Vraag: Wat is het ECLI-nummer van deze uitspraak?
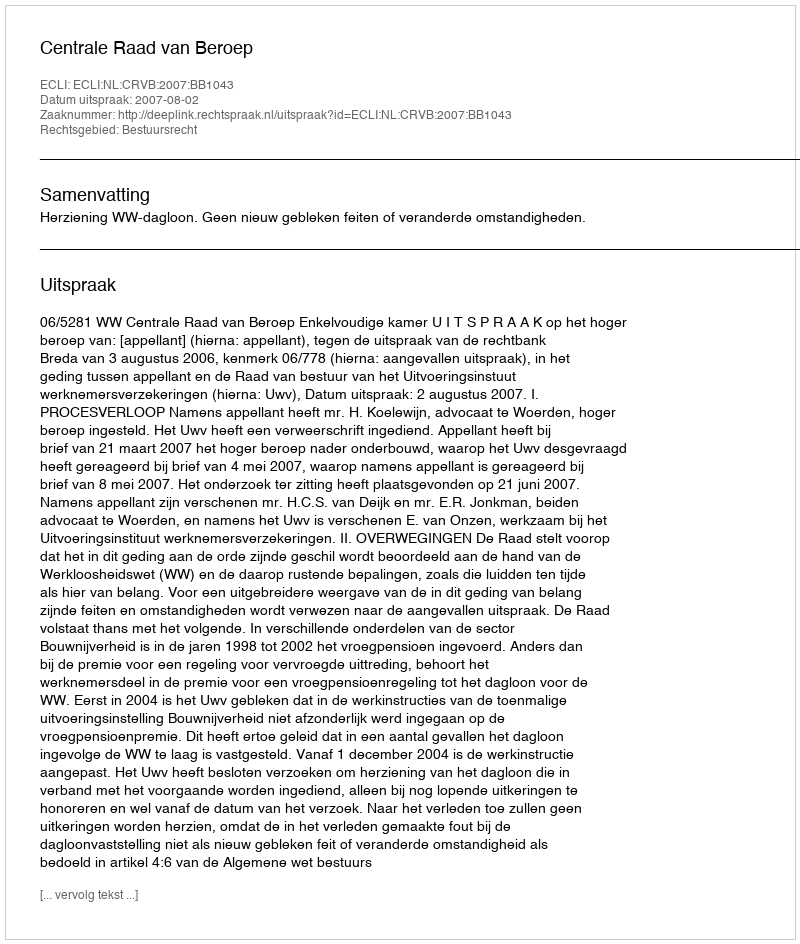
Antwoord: ECLI:NL:CRVB:2007:BB1043